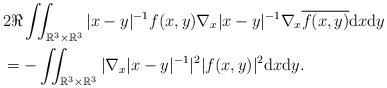
LaTeX: \begin{align*}& 2\Re\iint_{\mathbb R^3 \times \mathbb R^3} |x-y|^{-1}f(x,y)\nabla_{x} |x-y|^{-1}\nabla_{x} \overline{f(x,y)}{\rm d}x{\rm d}y \\& = -\iint_{\mathbb R^3 \times \mathbb R^3} |\nabla_{x} |x-y|^{-1}|^2 |f(x,y)|^2{\rm d}x{\rm d}y. \end{align*}